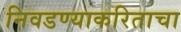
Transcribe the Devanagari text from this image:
निवडण्याकरिताचा